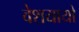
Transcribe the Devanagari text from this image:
वेशयायो